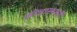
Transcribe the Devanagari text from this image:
लीलास्थानों